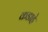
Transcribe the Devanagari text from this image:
कडाहे